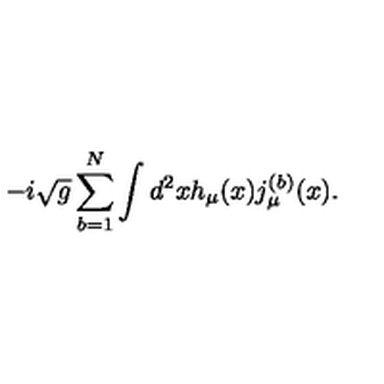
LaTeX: - i \sqrt { g } \sum _ { b = 1 } ^ { N } \int d ^ { 2 } x h _ { \mu } ( x ) j _ { \mu } ^ { ( b ) } ( x ) .